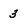
Character: 3